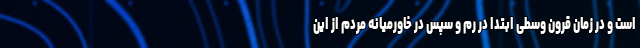
است و در زمان قرون وسطی ابتدا در رم و سپس در خاورمیانه مردم از این